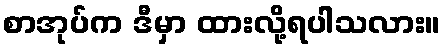
စာအုပ်က ဒီမှာ ထားလို့ရပါသလား။